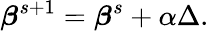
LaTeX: {\boldsymbol{\beta}}^{s+1}={\boldsymbol{\beta}}^{s}+\alpha\Delta.